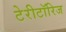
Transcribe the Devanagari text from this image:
टेरीटॉरिज